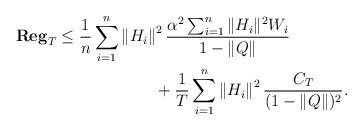
LaTeX: \begin{align*}\mathbf{Reg}_T &\leq \frac{1}{n} \sum_{i=1}^n\left\|H_i\right\|^2 \frac{\alpha^2 \sum_{i=1}^n\|H_i\|^2W_i}{1-\|Q\|}\\&~~~~~~~~~~~~~~~~~~+\frac{1}{T} \sum_{i=1}^n\left\|H_i\right\|^2\frac{C_T}{(1-\|Q\|)^2}.\end{align*}